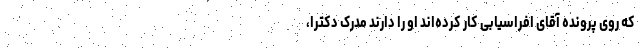
که روی پرونده آقای افراسیابی کار کرده‌اند او را دارند مدرک دکترا،